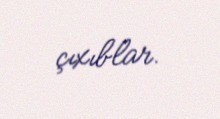
çıxıblar.